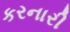
કરનારી